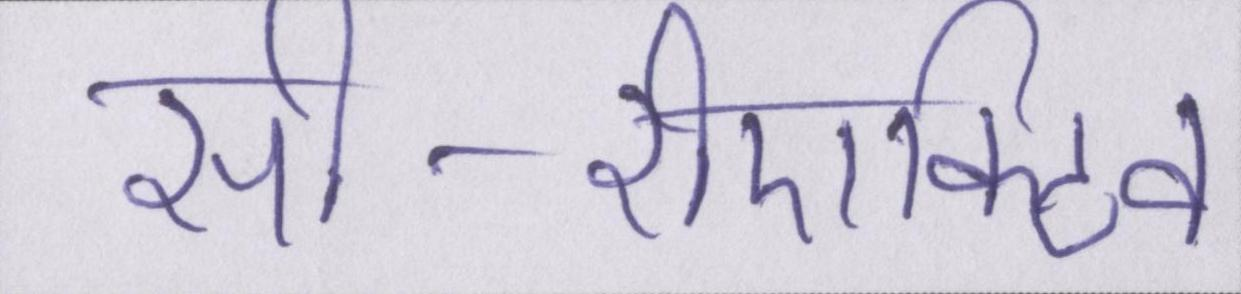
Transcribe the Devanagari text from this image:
सी-रीएक्टिव